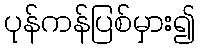
ပုန်ကန်ပြစ်မှား၍